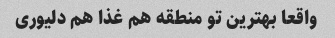
واقعا بهترین تو منطقه هم غذا هم دلیوری